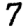
Digit: 7